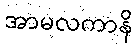
အာမလကာနိ